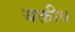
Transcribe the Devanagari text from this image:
यक्तीव